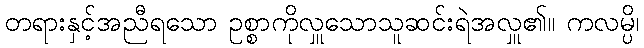
တရားနှင့်အညီရသော ဥစ္စာကိုလှူသောသူဆင်းရဲအလှူ၏။ ကလမ္ပိ၊